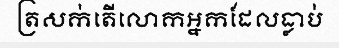
ត្រសក់តើលោកអ្នកដែលធ្លាប់